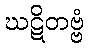
ဃဋိတဗ္ဗံ